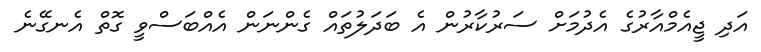
އަދިި ޖީއެމްއާރުގެ އެދުމަށް ސަރުކާރުން އެ ބަދަލުތައް ގެންނަން އެއްބަސްވީ ގޮތް އެނގޭނެ